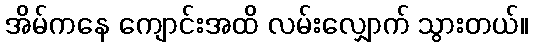
အိမ်ကနေ ကျောင်းအထိ လမ်းလျှောက် သွားတယ်။